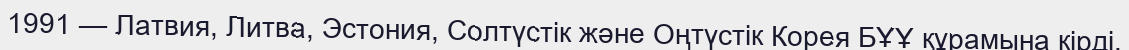
1991 — Латвия, Литва, Эстония, Солтүстік және Оңтүстік Корея БҰҰ құрамына кірді.